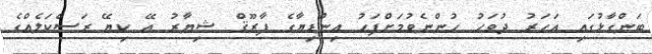
ބަންގާޅުގައި އަހަރު ދުވަހު ހުންނެވުމަށްފަހު އިންޑިޔާގެ ފާރޫޤް ޝިޔާރު އޭ ކިޔޭ ރަސްކަލެއްގެ